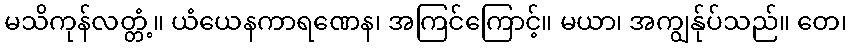
မသိကုန်လတ္တံ့။ ယံယေနကာရဏေန၊ အကြင်ကြောင့်။ မယာ၊ အကျွန်ုပ်သည်။ တေ၊